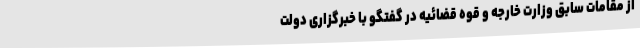
از مقامات سابق وزارت خارجه و قوه قضائیه در گفتگو با خبرگزاری دولت